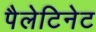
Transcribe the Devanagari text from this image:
पैलेटिनेट